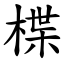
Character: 楪